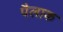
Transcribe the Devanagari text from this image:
पैलाक